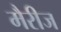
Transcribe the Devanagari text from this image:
मैरीज